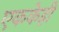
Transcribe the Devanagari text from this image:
एककेही